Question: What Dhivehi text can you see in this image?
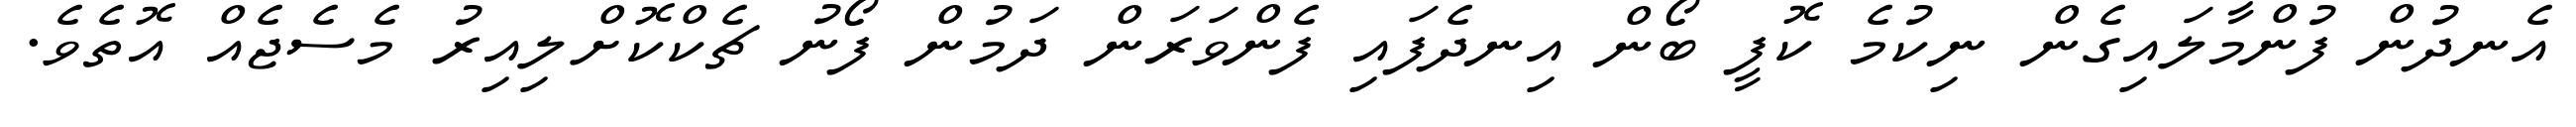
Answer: އެނދުން ފުންމާލައިގެން ނިކުމެ ކޮފީ ބޯން އިނދެފައި ފެންވަރަން ދަމުން ފޯނު ޗެކްކޮށްލިއިރު މެސެޖެއް އޮތެވެ.